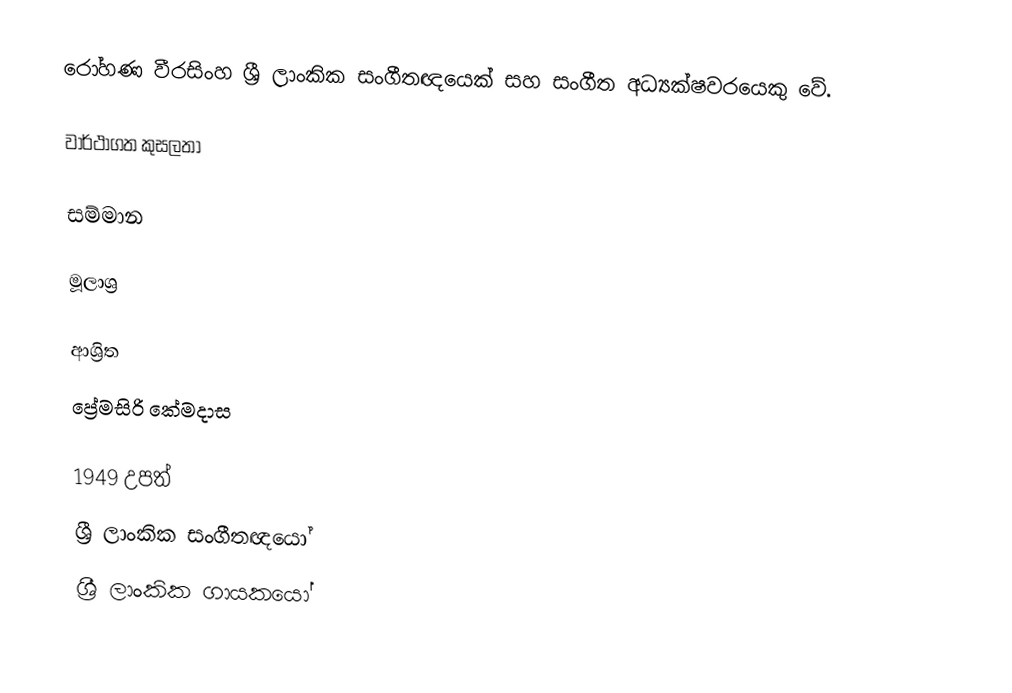
රෝහණ වීරසිංහ ශ්‍රී ලාංකික සංගීතඥයෙක් සහ සංගීත අධ්‍යක්ෂවරයෙකු වේ.

වාර්ථාගත කුසලතා

සම්මාන

මූලාශ්‍ර

ආශ්‍රිත
 ප්‍රේමසිරි කේමදාස

1949 උපත්
ශ්‍රී ලාංකික සංගීතඥයෝ
ශ්‍රී ලාංකික ගායකයෝ